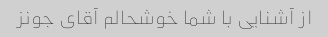
از آشنایی با شما خوشحالم آقای جونز